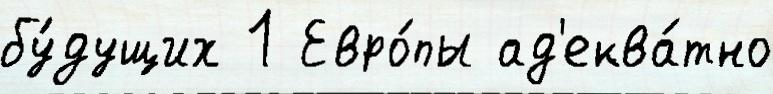
бу́дущих 1 Евро́пы ад'еква́тно